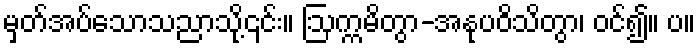
မှတ်အပ်သောသညာသို့၎င်း။ ဩက္ကမိတွာ-အနုပဝိသိတွာ၊ ဝင်၍။ ပ။